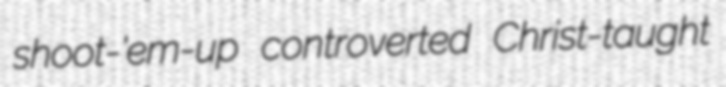
shoot-'em-up controverted Christ-taught